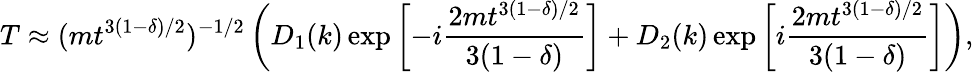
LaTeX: T\approx(mt^{3(1-\delta)/2})^{-1/2}\left(D_{1}(k)\exp\left[-i\frac{2mt^{3(1-\delta)/2}}{3(1-\delta)}\right]+D_{2}(k)\exp\left[i\frac{2mt^{3(1-\delta)/2}}{3(1-\delta)}\right]\right),